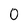
Character: 0